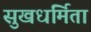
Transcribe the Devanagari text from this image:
सुखधर्मिता